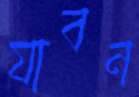
যাবন